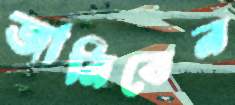
জানিবেন